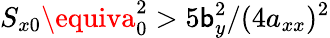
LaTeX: S_{x0}\equiva_{0}^{2}>5\mathsf{b}_{y}^{2}/(4a_{xx})^{2}